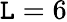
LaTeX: \mathtt{L}=6